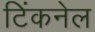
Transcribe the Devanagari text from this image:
टिंकनेल